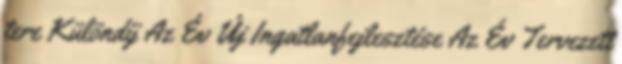
tere Különdíj Az Év Új Ingatlanfejlesztése Az Év Tervezett